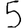
Digit: 5